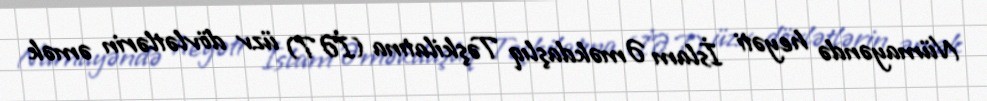
Nümayəndə heyəti İslam Əməkdaşlıq Təşkilatına (İƏT) üzv dövlətlərin əmək